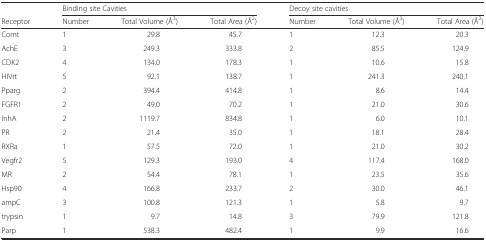
<table><thead><tr><td></td><td colspan="3"><b>Binding site Cavities</b></td><td colspan="3"><b>Decoy site cavities</b></td></tr><tr><td><b>Receptor</b></td><td><b>Number</b></td><td><b>Total Volume (Å<sup>3</sup>)</b></td><td><b>Total Area (Å<sup>2</sup>)</b></td><td><b>Number</b></td><td><b>Total Volume (Å<sup>3</sup>)</b></td><td><b>Total Area (Å<sup>2</sup>)</b></td></tr></thead><tbody><tr><td>Comt</td><td>1</td><td>29.8</td><td>45.7</td><td>1</td><td>12.3</td><td>20.3</td></tr><tr><td>AchE</td><td>3</td><td>249.3</td><td>333.8</td><td>2</td><td>85.5</td><td>124.9</td></tr><tr><td>CDK2</td><td>4</td><td>134.0</td><td>178.3</td><td>1</td><td>10.6</td><td>15.8</td></tr><tr><td>HIVrt</td><td>5</td><td>92.1</td><td>138.7</td><td>1</td><td>241.3</td><td>240.1</td></tr><tr><td>Pparg</td><td>2</td><td>394.4</td><td>414.8</td><td>1</td><td>8.6</td><td>14.4</td></tr><tr><td>FGFR1</td><td>2</td><td>49.0</td><td>70.2</td><td>1</td><td>21.0</td><td>30.6</td></tr><tr><td>InhA</td><td>2</td><td>1119.7</td><td>834.8</td><td>1</td><td>6.0</td><td>10.1</td></tr><tr><td>PR</td><td>2</td><td>21.4</td><td>35.0</td><td>1</td><td>18.1</td><td>28.4</td></tr><tr><td>RXRa</td><td>1</td><td>57.5</td><td>72.0</td><td>1</td><td>21.0</td><td>30.2</td></tr><tr><td>Vegfr2</td><td>5</td><td>129.3</td><td>193.0</td><td>4</td><td>117.4</td><td>168.0</td></tr><tr><td>MR</td><td>2</td><td>54.4</td><td>78.1</td><td>1</td><td>23.5</td><td>35.6</td></tr><tr><td>Hsp90</td><td>4</td><td>166.8</td><td>233.7</td><td>2</td><td>30.0</td><td>46.1</td></tr><tr><td>ampC</td><td>3</td><td>100.8</td><td>121.3</td><td>1</td><td>5.8</td><td>9.7</td></tr><tr><td>trypsin</td><td>1</td><td>9.7</td><td>14.8</td><td>3</td><td>79.9</td><td>121.8</td></tr><tr><td>Parp</td><td>1</td><td>538.3</td><td>482.4</td><td>1</td><td>9.9</td><td>16.6</td></tr></tbody></table>